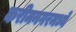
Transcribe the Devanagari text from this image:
करीमनगरमध्ये